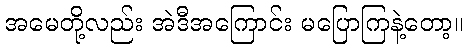
အမေတို့လည်း အဲဒီအကြောင်း မပြောကြနဲ့တော့။